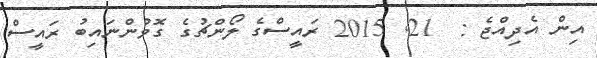
އިން އެދިއްޖެ :  21